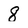
Character: 8